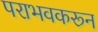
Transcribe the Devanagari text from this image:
पराभवकरून